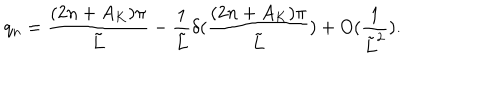
q _ { n } = \frac { ( 2 n + A _ { K } ) \pi } { \tilde { L } } - \frac { 1 } { \tilde { L } } \delta ( \frac { ( 2 n + A _ { K } ) \pi } { \tilde { L } } ) + O ( \frac { 1 } { \tilde { L } ^ { 2 } } ) .